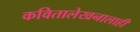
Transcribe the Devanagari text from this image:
कवितालेखनालाही